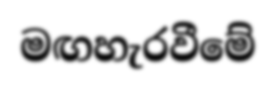
මඟහැරවීමේ